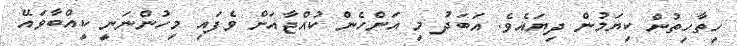
ހިތާހިތުން ކިޔަމުން ދިޔައެވެ. އަބަދު މި އަންހެން ކުއްޖާއަށް ވެފައި މިހުންނަނީ ކީއްބާވައޭ